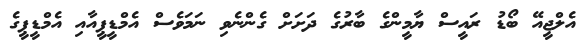
އެލްޖީއޭ ބޯޑު ރައީސް ޔާމީންގެ ބާރުގެ ދަށަށް ގެންނެވި ނަމަވެސް އެމްޑީޕީއާއި އެމްޑީޕީގެ